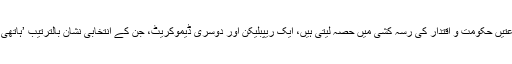
یاد رہے امریکہ میں دو بڑی سیاسی جماعتیں حکومت و اقتدار کی رسہ کشی میں حصہ لیتی ہیں، ایک ریپبلیکن اور دوسری ڈیموکریٹ، جن کے انتخابی نشان بالترتیب ’ہاتھی Elephant‘ اور ’گدھا Donkey‘ ہیں۔